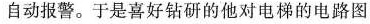
自动报警。于是喜好钻研的他对电梯的电路图